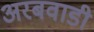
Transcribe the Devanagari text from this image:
अरबवाडी